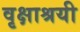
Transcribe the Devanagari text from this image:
वृक्षाश्रयी